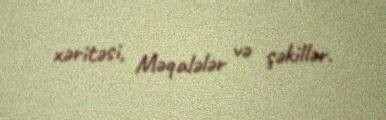
xəritəsi, Məqalələr və şəkillər.